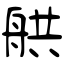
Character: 舼